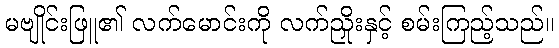
မဗျိုင်းဖြူ၏ လက်မောင်းကို လက်ညှိုးနှင့် စမ်းကြည့်သည်။